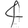
Digit: 4